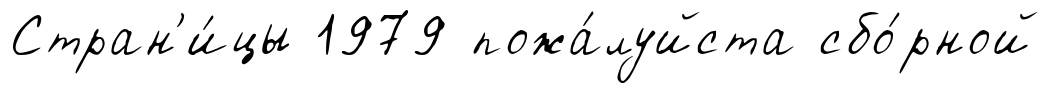
Стран'и́цы 1979 пожа́луйста сбо́рной